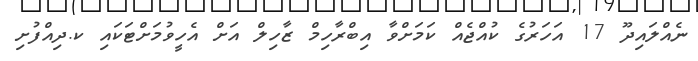
ނެއްލައިދޫ 17 އަހަރުގެ ކުއްޖެއް ކަމަށްވާ އިބްރާހިމް ޒާހިލް އަށް އެހީވުމަށްޓަކައި ކ.ދިއްފުށި